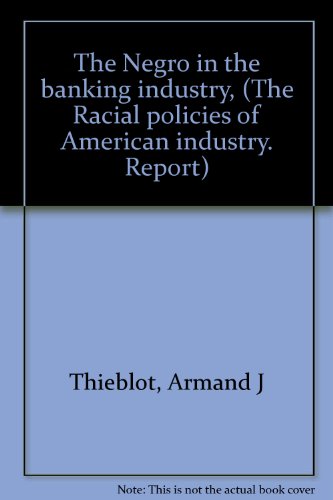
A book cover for The Negro in the Banking Industry (Material Texts); Armand J. Thieblot  Jr.; Business & Money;